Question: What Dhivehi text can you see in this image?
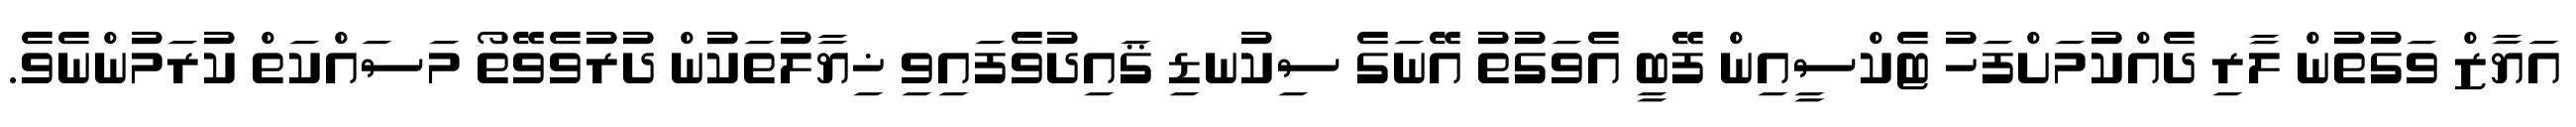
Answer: އަޔާޒް ވަގުތުން ލާރި ދެއްކުމަށްފަހު ޓެކްސީއިން ފޭބީ އެވަގުތު އޭނަގެ ސިކުނޑި ޤައިދުވެފައިވި ޚިޔާލުތަކުން ދުރުވެވޭތޯ މަސައްކަތް ކުރަމުންނެވެ.